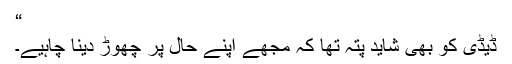
“
ڈیڈی کو بھی شاید پتہ تھا کہ مجھے اپنے حال پر چھوڑ دینا چاہیے۔